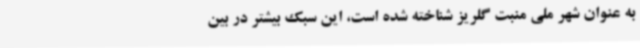
به عنوان شهر ملی منبت گلریز شناخته شده است، این سبک بیشتر در بین